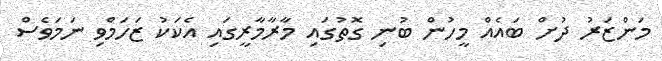
މަންޒަރު ދުށް ބައެއް މީހުން ބުނި ގޮތުގައި މާރާމާރީގައި އެކަކު ޒަހަމްވި ނަމަވެސް